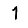
Digit: 1